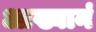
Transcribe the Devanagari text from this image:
आख्यानं